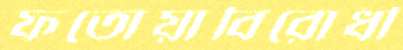
ফতোয়াবিরোধী